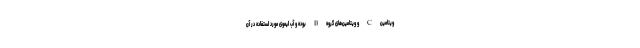
ویتامین C و ویتامین‌های گروه B بوده و آب لیموی مورد استفاده در آن